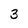
Character: 3